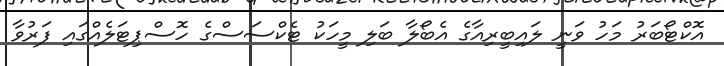
އޮކްޓޯބަރު މަހު ވަނީ ލައިބީރިއާގެ އެބޯލާ ބަލި މީހަކު ޓެކްސަސްގެ ހޮސްޕިޓަލެއްގައި ފަރުވާ